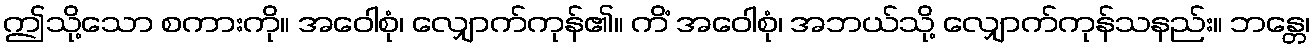
ဤသို့သော စကားကို။ အဝေါစုံ၊ လျှောက်ကုန်၏။ ကိံ အဝေါစုံ၊ အဘယ်သို့ လျှောက်ကုန်သနည်း။ ဘန္တေ၊